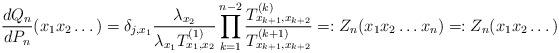
LaTeX: \begin{align*}\frac{dQ_n}{dP_n}(x_1x_2\dots)=\delta_{j,x_1}\frac{\lambda_{x_2}}{\lambda_{x_1}T_{x_1,x_2}^{(1)}}\prod_{k=1}^{n-2}\frac{T_{x_{k+1},x_{k+2}}^{(k)}}{T_{x_{k+1},x_{k+2}}^{(k+1)}}=:Z_n(x_1x_2\dots x_n)=:Z_n(x_1x_2\dots)\end{align*}